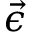
\Vec { \epsilon }